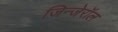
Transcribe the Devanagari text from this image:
जिन्जेरॉल